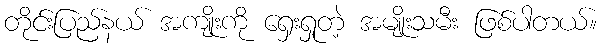
တိုင်းပြည်နယ် အကျိုးကို ရှေးရှုတဲ့ အမျိုးသမီး ဖြစ်ပါတယ်။